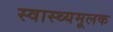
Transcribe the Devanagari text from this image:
स्वास्थ्यमूलक